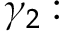
\gamma _ { 2 } :